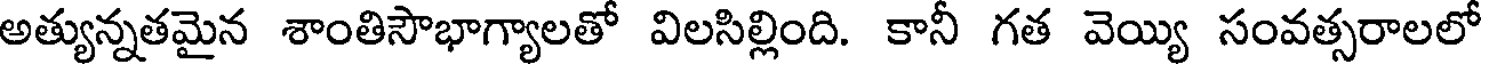
అత్యున్నతమైన శాంతిసౌభాగ్యాలతో విలసిల్లింది. కానీ గత వెయ్యి సంవత్సరాలలో